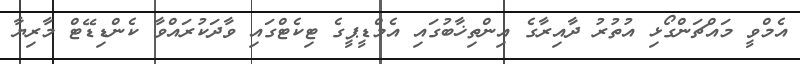
އެމްވީ މައްޗަންގޯޅި އުތުރު ދާއިރާގެ އިންތިޚާބުގައި އެމްޑީޕީގެ ޓިކެޓްގައި ވާދަކުރައްވާ ކެންޑިޑޭޓް މާރިޔާ